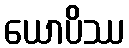
ယောပိဿ